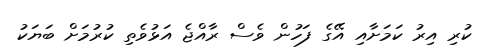
ކުރި އިރު ކަމަށާއި އޭގެ ފަހުން ވެސް ރާއްޖެ އަޅުވެތި ކުރުމަށް ބަޔަކު